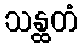
သန္ထတံ